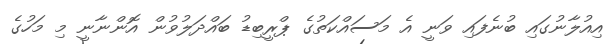
އިއުލާނުގައި ބުނެފައި ވަނީ އެ މަސައްކަތުގެ ޕްރީބިޑު ބައްދަލުވުން އޮންނާނީ މި މަހުގެ